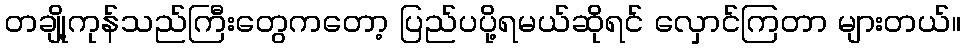
တချို့ကုန်သည်ကြီးတွေကတော့ ပြည်ပပို့ရမယ်ဆိုရင် လှောင်ကြတာ များတယ်။